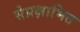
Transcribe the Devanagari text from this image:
सेप्रक्षाभित